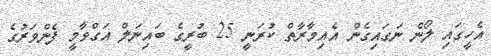
އެހީގައި ލޯން ނަގައިގެން އެއިމާރާތް ކުރަނީ 25 ބުރީގެ ބައިނަލް އަގްވާމީ ފެންވަރުގެ